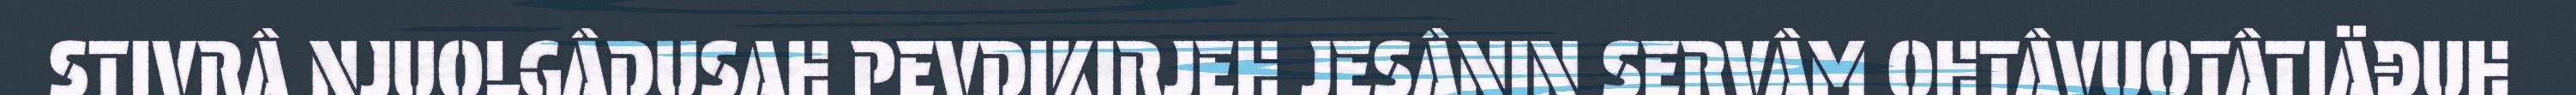
STIVRÂ NJUOLGÂDUSAH PEVDIKIRJEH JESÂNIN SERVÂM OHTÂVUOTÂTIÄĐUH